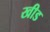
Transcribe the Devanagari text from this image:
खीड